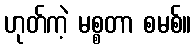
ဟုတ်ကဲ့ မစ္စတာ စမစ်။